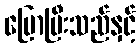
ပြောပြီးသည်နှင့်